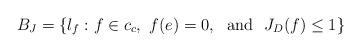
LaTeX: \begin{align*}B_J = \{\l_f: f \in c_c, \ f(e) = 0, \ \ \mathrm{and} \ \ J_D(f) \leq 1\}\end{align*}